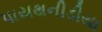
પાયથનીડીયા